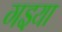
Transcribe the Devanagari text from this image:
गइया